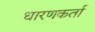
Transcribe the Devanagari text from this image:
धारणकर्ता